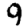
Digit: 9